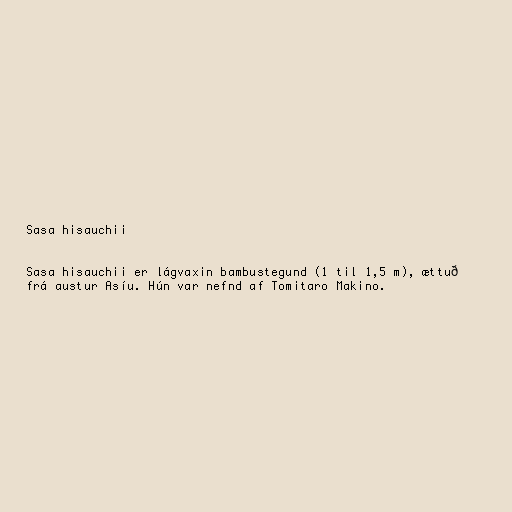
Sasa hisauchii

Sasa hisauchii er lágvaxin bambustegund (1 til 1,5 m), ættuð
frá austur Asíu. Hún var nefnd af Tomitaro Makino.